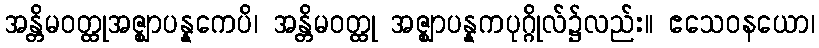
အန္တိမဝတ္ထုအဇ္ဈာပန္နကေပိ၊ အန္တိမဝတ္ထု အဇ္ဈာပန္နကပုဂ္ဂိုလ်၌လည်း။ ဧသေဝနယော၊